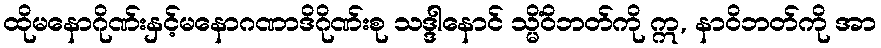
ထိုမနောဂိုဏ်းနှင့်မနောဂဏာဒိဂိုဏ်းစု သဒ္ဒါနောင် သ္မိံဝိဘတ်ကို ဣ, နာဝိဘတ်ကို အာ